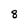
Character: 8